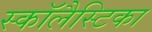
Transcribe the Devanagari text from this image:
स्कॉलैस्टिका